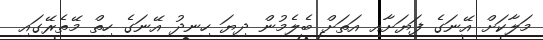
މަލާކަށް އޭނަގެ ފަޔަށާއި އަތަށް ބެލެމުން ދިޔަ ހިނދު އޭނަގެ ހިތް މޭތެރޭގައި